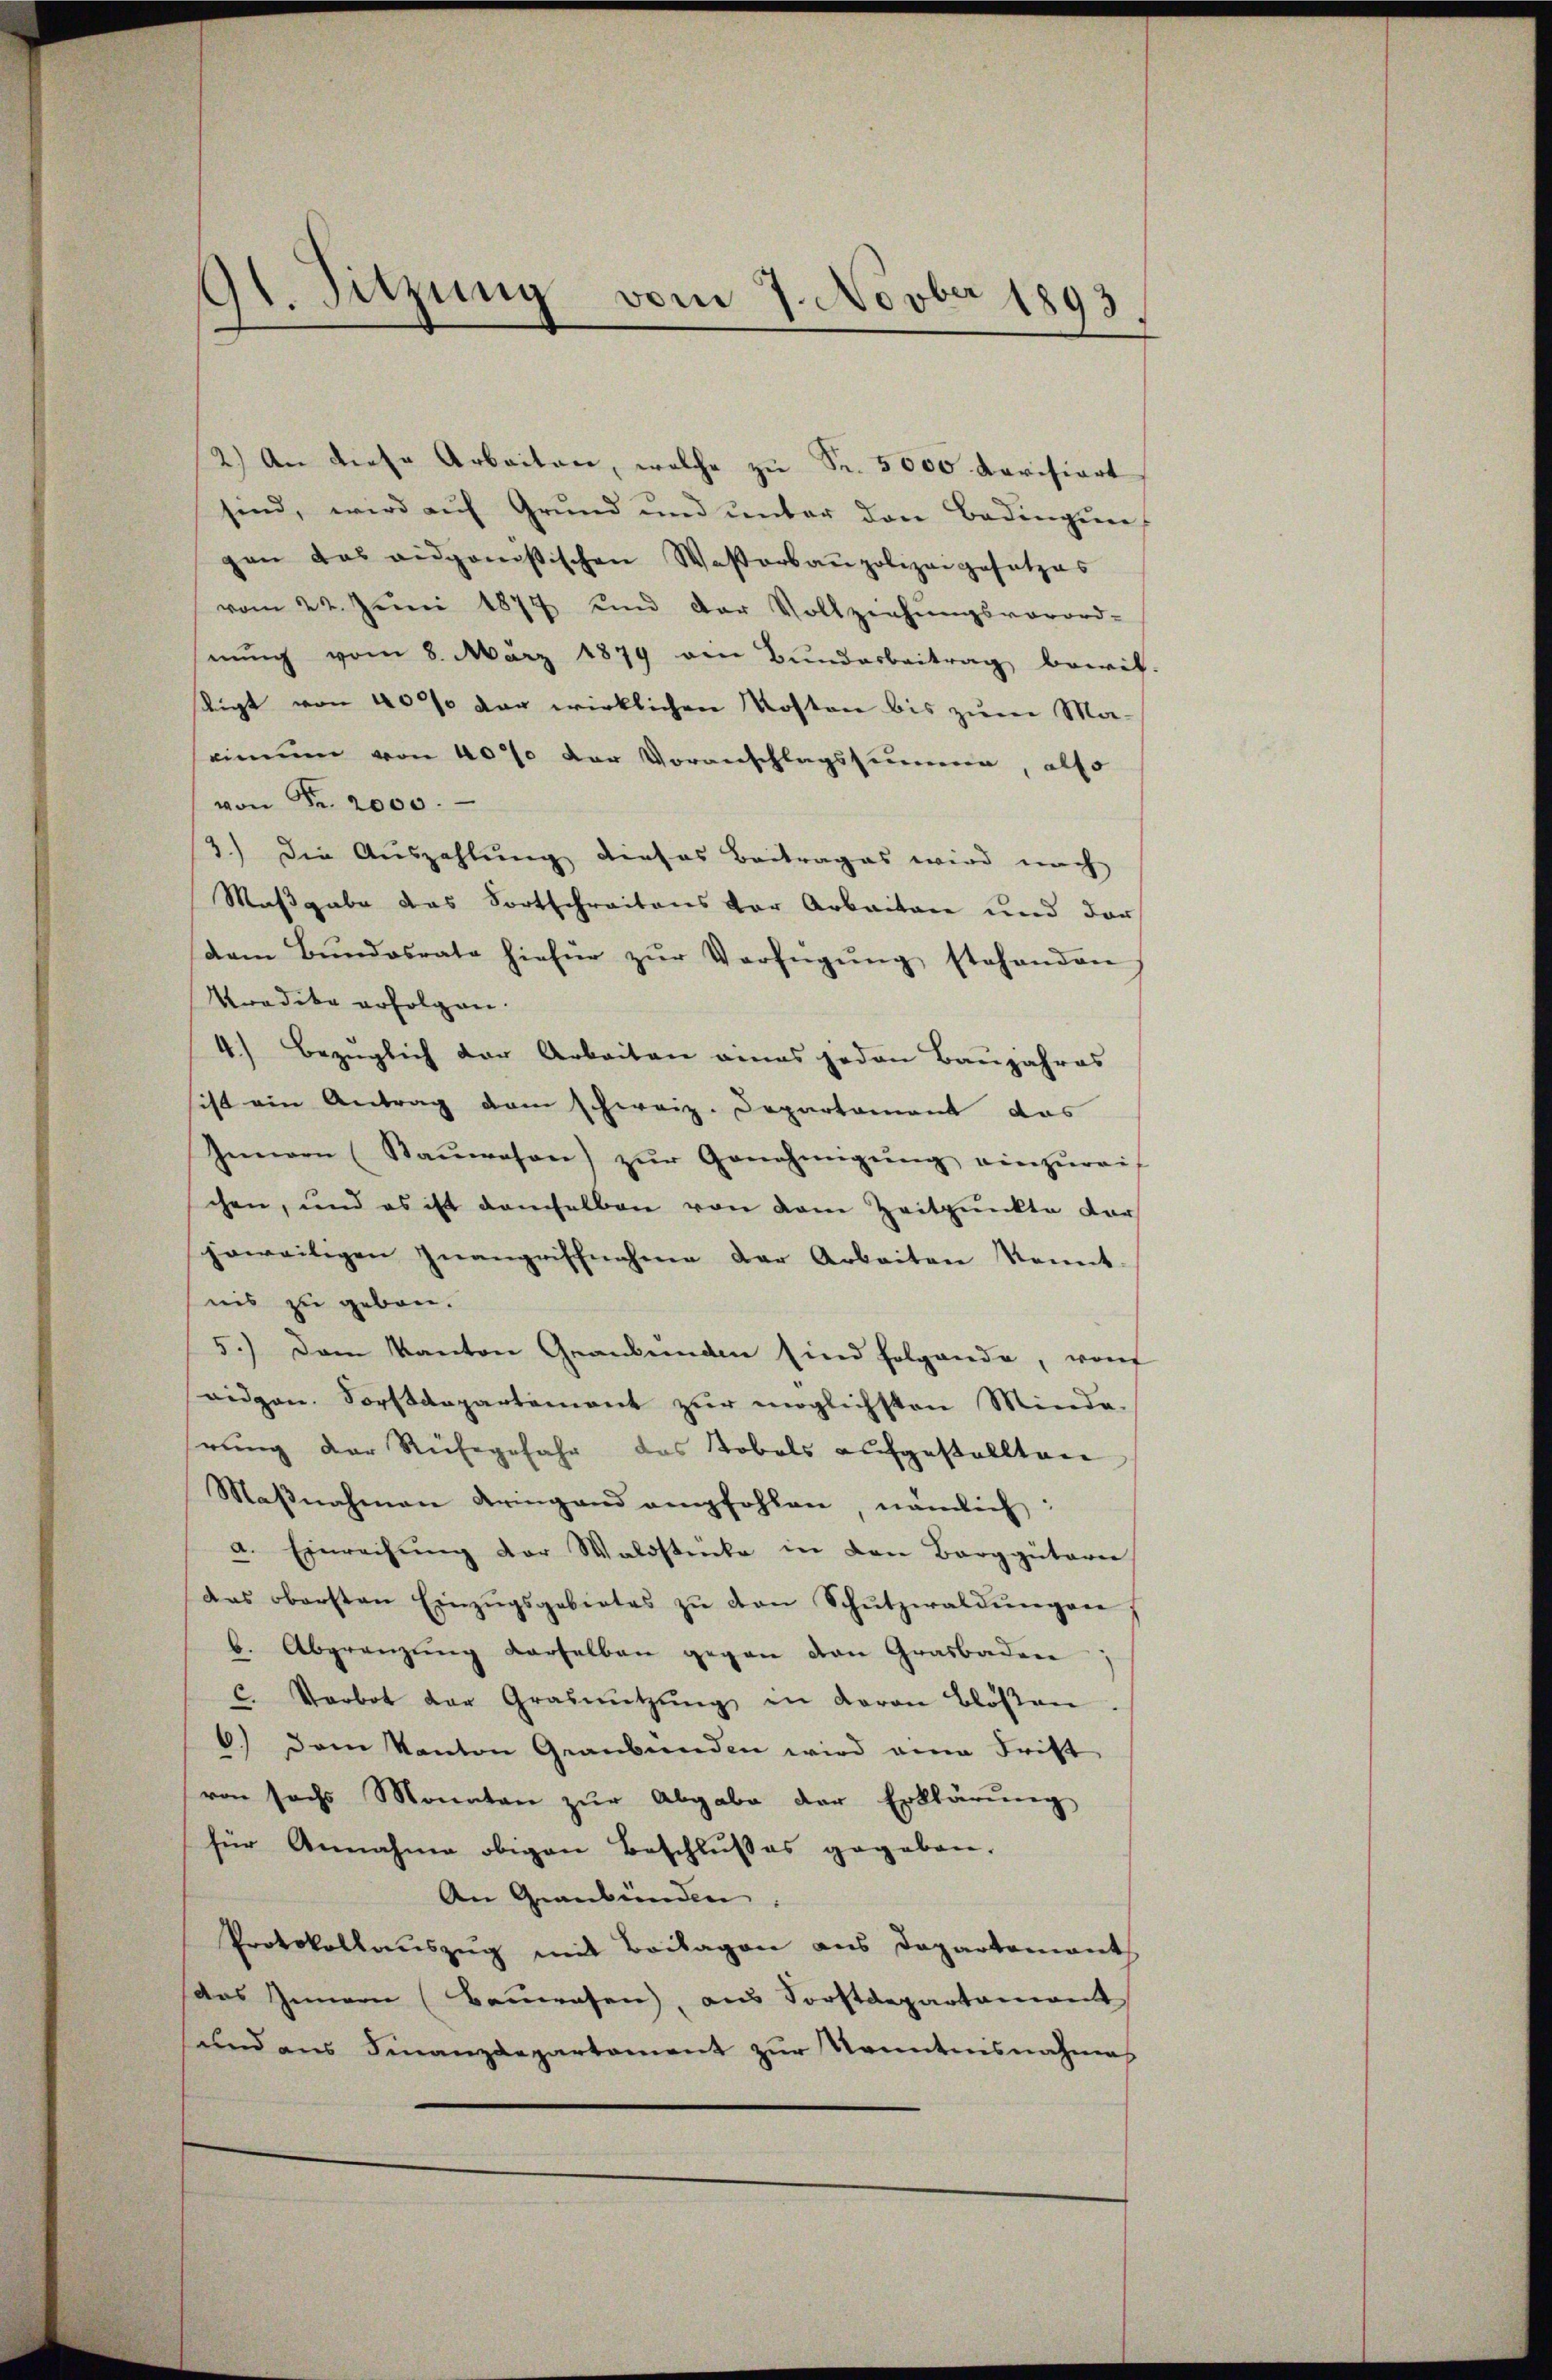
2.) An diese Arbeiten, welche zu Fr. 5000 dovisiert
sind, wird auf Grund und unter den Bedingun
gen das eidgenössischen Wasserbaupolizeigesetzes
vom 22. Juni 1874 und der Vollziehŭngsverord-
nŭng vom 8. März 1879 an Bŭndarbeitrag bewil-
stigt von 40% der wirklichen Kosten bis zum Maeinnen von 40% der Voranschlagssumme, also
von Fr. 2000.
3.) Die Auszahlung dieses Beitrages wird nach
Maßgabe das Fortschreitens der Arbeiten und der
dem Bŭndesrate hiefür zŭr Verfügŭng stehenden
Kradita erfolgen.
4.) Bezüglich der Arbeiten eines jeden Baŭjahres
ist ein Antrag dem schweiz. Departament das
Innern (Saŭwesen) zŭr Genehmigŭng einzŭreif
chen, und es ist demselben von dem Zeitpunkte dar
jeweiligen Inangriffnahme der Arbeiten kannt.
nis zu geben.
5.) Dem Kanton Graubünden sind folgende, von
ridgen. Forstdepartement zur möglichsten Minde-
rung der Ruhegefahr das Tobels aufgestellten
Maβnahmen dringend empfohlen nämlich:
a. Einreihung der Waldstecke in den Barggütarie
das obersten Einzŭgsgebietes zŭ von Schŭtzwaldŭngen
b. Abgrenzung derselben gegen den Grasbaden
c. Verbot der Grasnŭtzŭng in daran Blöβen.
6.) Dem Kanton Graubünden wird eine Frist
von sechs Monaten zur Abgabe der Erklärung
für Annahme obigen Beschlußes gegeben.
An Graubünden.
Protokollauszug mit Beilagen aus Departement
das Gemein (Bauwesen, aus Forstdepartamant
und aus Finanzdepartament zur Kenntensnahmes

91. Sitzung vom 7. Novber 1893.